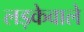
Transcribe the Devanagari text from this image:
लड़केवाले